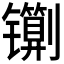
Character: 𰿇